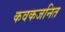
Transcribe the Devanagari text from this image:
कवकजनित